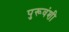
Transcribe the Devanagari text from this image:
पुरूवंशी